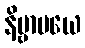
နိဗ္ဗာပယေ